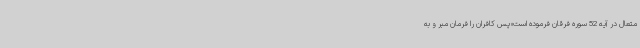
متعال در آیه 52 سوره فرقان فرموده است«پس کافران را فرمان مبر و به